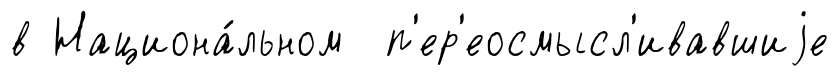
в Национа́льном п'ер'еосмысл'ивавшиjе